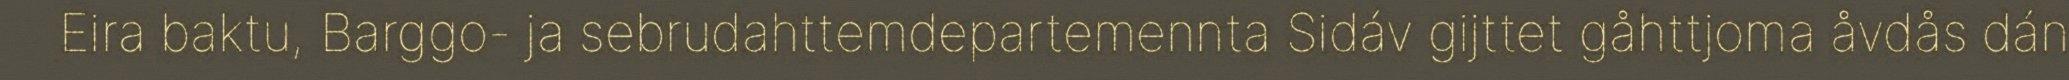
Eira baktu, Barggo- ja sebrudahttemdepartemennta Sidáv gijttet gåhttjoma åvdås dán